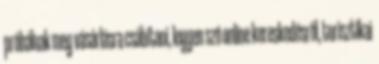
próbálnak meg vásárlásra csábítani, legyen szó online kereskedésről, turisztikai